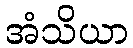
အံသိယာ